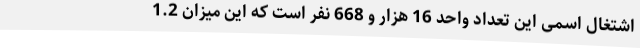
اشتغال اسمی این تعداد واحد 16 هزار و 668 نفر است که این میزان 1.2